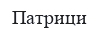
Патрици